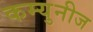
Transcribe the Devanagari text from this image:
कम्युनीज